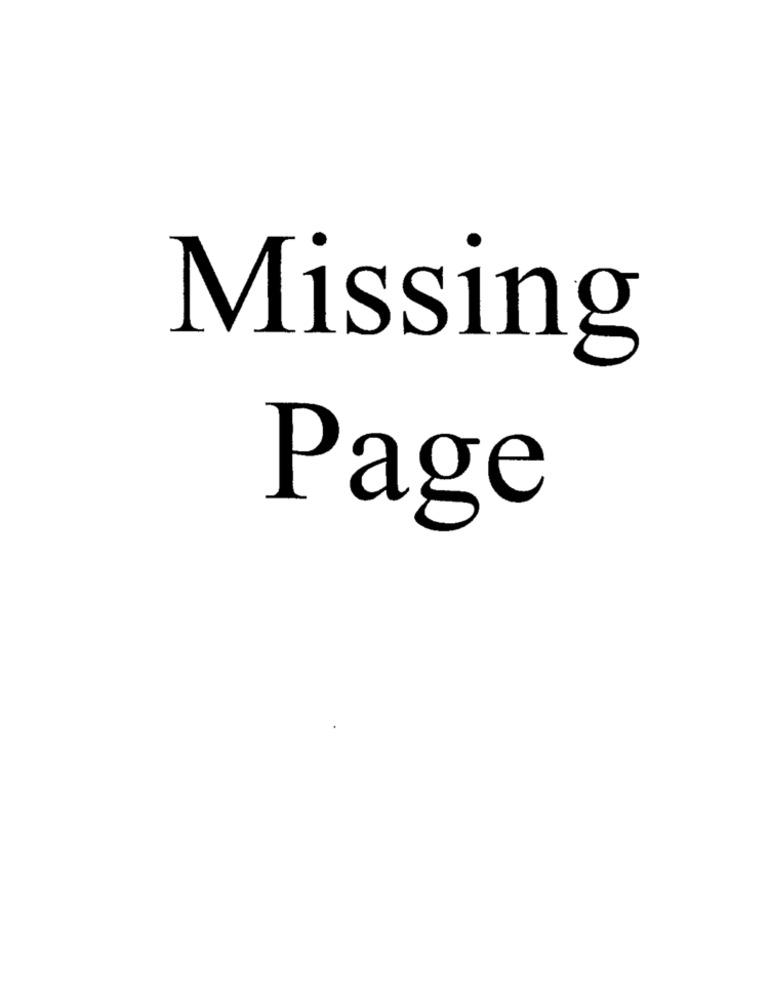
Missing
Page